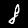
Digit: 8